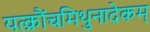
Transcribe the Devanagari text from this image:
यत्क्रौंचमिथुनादेकम्